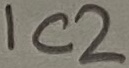
Text: IC2